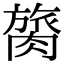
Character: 膐